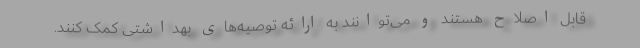
قابل اصلاح هستند و می‌توانند به ارائه توصیه‌های بهداشتی کمک کنند.